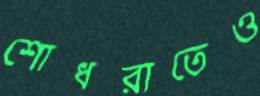
শোধরাতেও